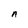
Character: n